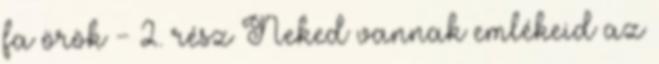
fa örök - 2. rész Neked vannak emlékeid az